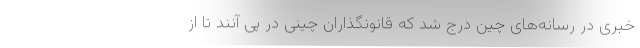
خبری در رسانه‌های چین درج شد که قانونگذاران چینی در پی آنند تا از